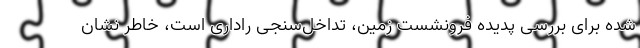
شده برای بررسی پدیده فرونشست زمین، تداخل‌سنجی راداری است، خاطر نشان